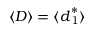
\langle \boldsymbol { D } \rangle = \langle \boldsymbol { d } _ { 1 } ^ { * } \rangle